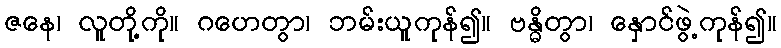
ဇနေ၊ လူတို့ကို။ ဂဟေတွာ၊ ဘမ်းယူကုန်၍။ ဗန္ဓိတွာ၊ နှောင်ဖွဲ့ကုန်၍။